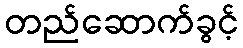
တည်ဆောက်ခွင့်